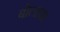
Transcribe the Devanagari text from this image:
बोलाचा